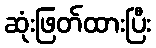
ဆုံးဖြတ်ထားပြီး